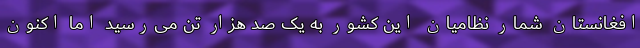
افغانستان شمار نظامیان این کشور به یک صد هزار تن می‌رسید اما اکنون